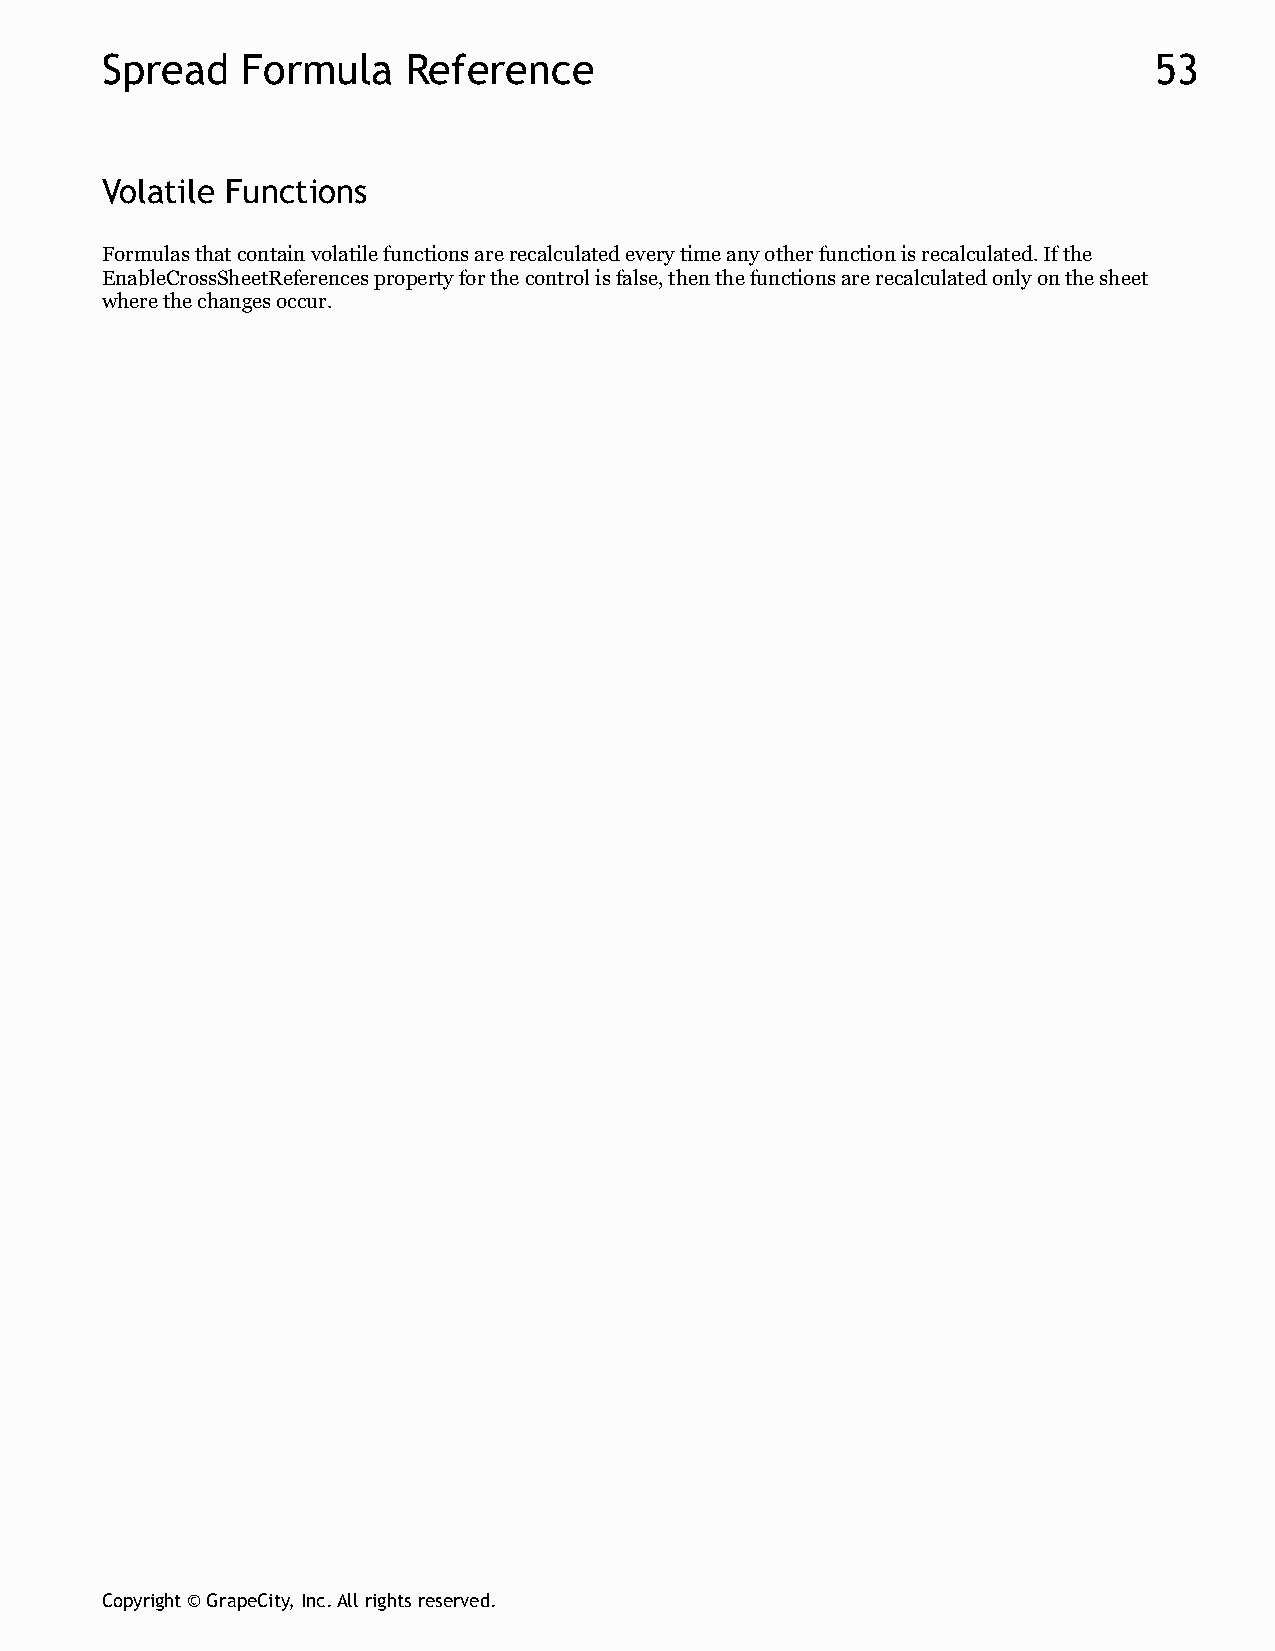
Spread   Formula    Reference                                        53
 Volatile Functions
 Formulas that contain volatile functions are recalculated every time any other function is recalculated. If the
 EnableCrossSheetReferences property for the control is false, then the functions are recalculated only on the sheet
 where the changes occur.
 Copyright © GrapeCity, Inc. All rights reserved.